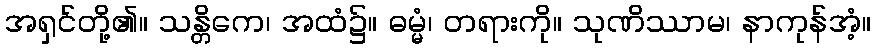
အရှင်တို့၏။ သန္တိကေ၊ အထံ၌။ ဓမ္မံ၊ တရားကို။ သုဏိဿာမ၊ နာကုန်အံ့။